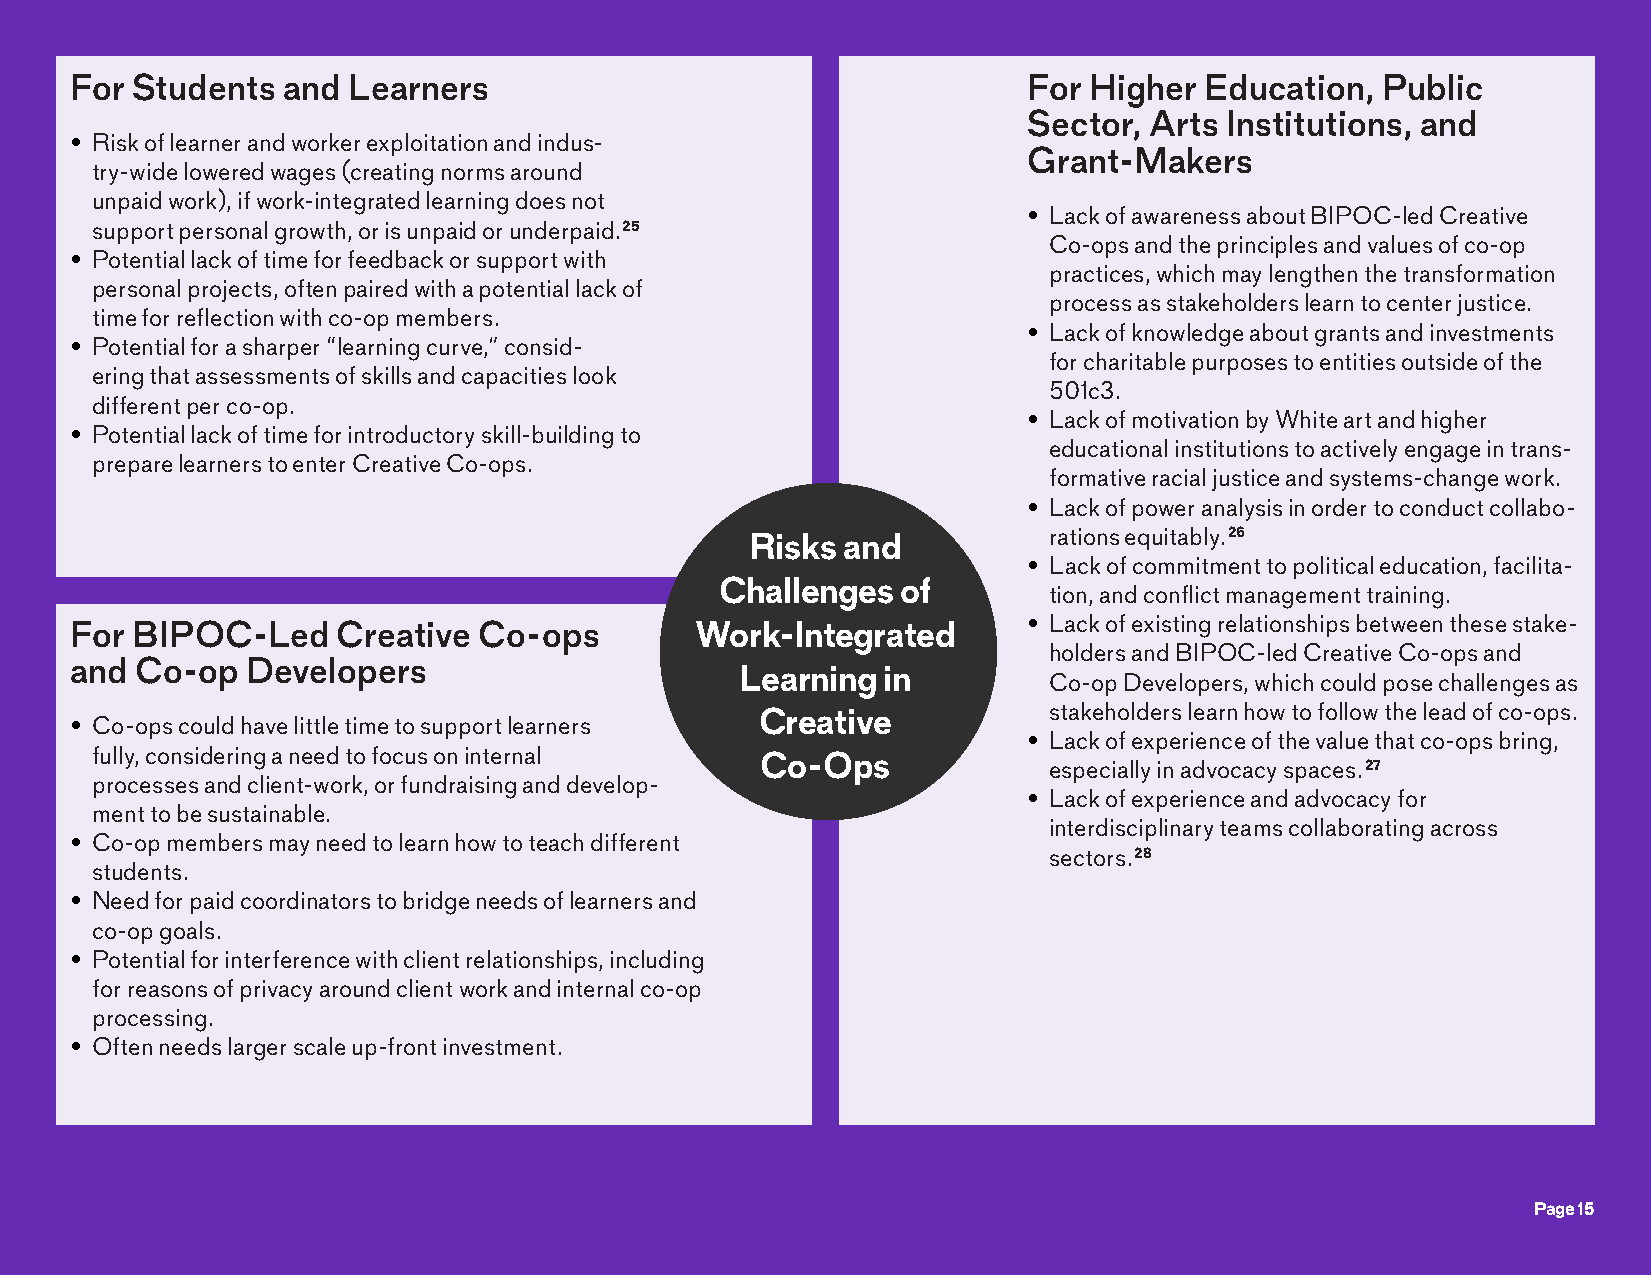
For Students  and Learners                                     For Higher  Education, Public
 Sector, Arts Institutions, and
 • Risk of learner and worker exploitation and indus-
 Grant-Makers
 try-wide lowered wages (creating norms around
 unpaid work), if work-integrated learning does not
 • Lack of awareness about BIPOC-led Creative
 support personal growth, or is unpaid or underpaid.25
 Co-ops and the principles and values of co-op
 • Potential lack of time for feedback or support with
 practices, which may lengthen the transformation
 personal projects, often paired with a potential lack of
 process as stakeholders learn to center justice.
 time for reflection with co-op members.
 • Lack of knowledge about grants and investments
 • Potential for a sharper “learning curve,” consid-
 for charitable purposes to entities outside of the
 ering that assessments of skills and capacities look
 501c3.
 different per co-op.
 • Lack of motivation by White art and higher
 • Potential lack of time for introductory skill-building to
 educational institutions to actively engage in trans-
 prepare learners to enter Creative Co-ops.
 formative racial justice and systems-change work.
 • Lack of power analysis in order to conduct collabo-
 rations equitably.26
 Risks and
 • Lack of commitment to political education, facilita-
 Challenges  of
 tion, and conflict management training.
 • Lack of existing relationships between these stake-
 For BIPOC-Led    Creative  Co-ops        Work-Integrated
 holders and BIPOC-led Creative Co-ops and
 and Co-op  Developers
 Learning in
 Co-op Developers, which could pose challenges as
 stakeholders learn how to follow the lead of co-ops.
 Creative
 • Co-ops could have little time to support learners
 • Lack of experience of the value that co-ops bring,
 fully, considering a need to focus on internal
 Co-Ops
 especially in advocacy spaces.27
 processes and client-work, or fundraising and develop-
 • Lack of experience and advocacy for
 ment to be sustainable.
 interdisciplinary teams collaborating across
 • Co-op members may need to learn how to teach different
 sectors.28
 students.
 • Need for paid coordinators to bridge needs of learners and
 co-op goals.
 • Potential for interference with client relationships, including
 for reasons of privacy around client work and internal co-op
 processing.
 • Often needs larger scale up-front investment.
 Page 15